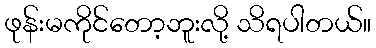
ဖုန်းမကိုင်တော့ဘူးလို့ သိရပါတယ်။